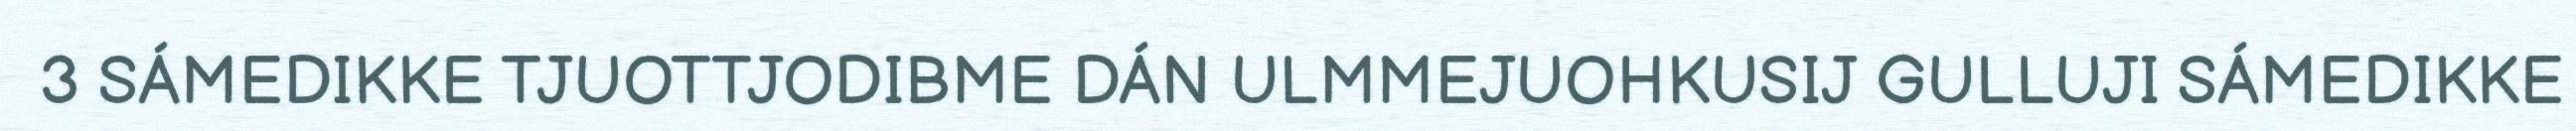
3 SÁMEDIKKE TJUOTTJODIBME DÁN ULMMEJUOHKUSIJ GULLUJI SÁMEDIKKE